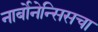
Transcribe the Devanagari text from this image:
नार्बोनेन्सिसचा